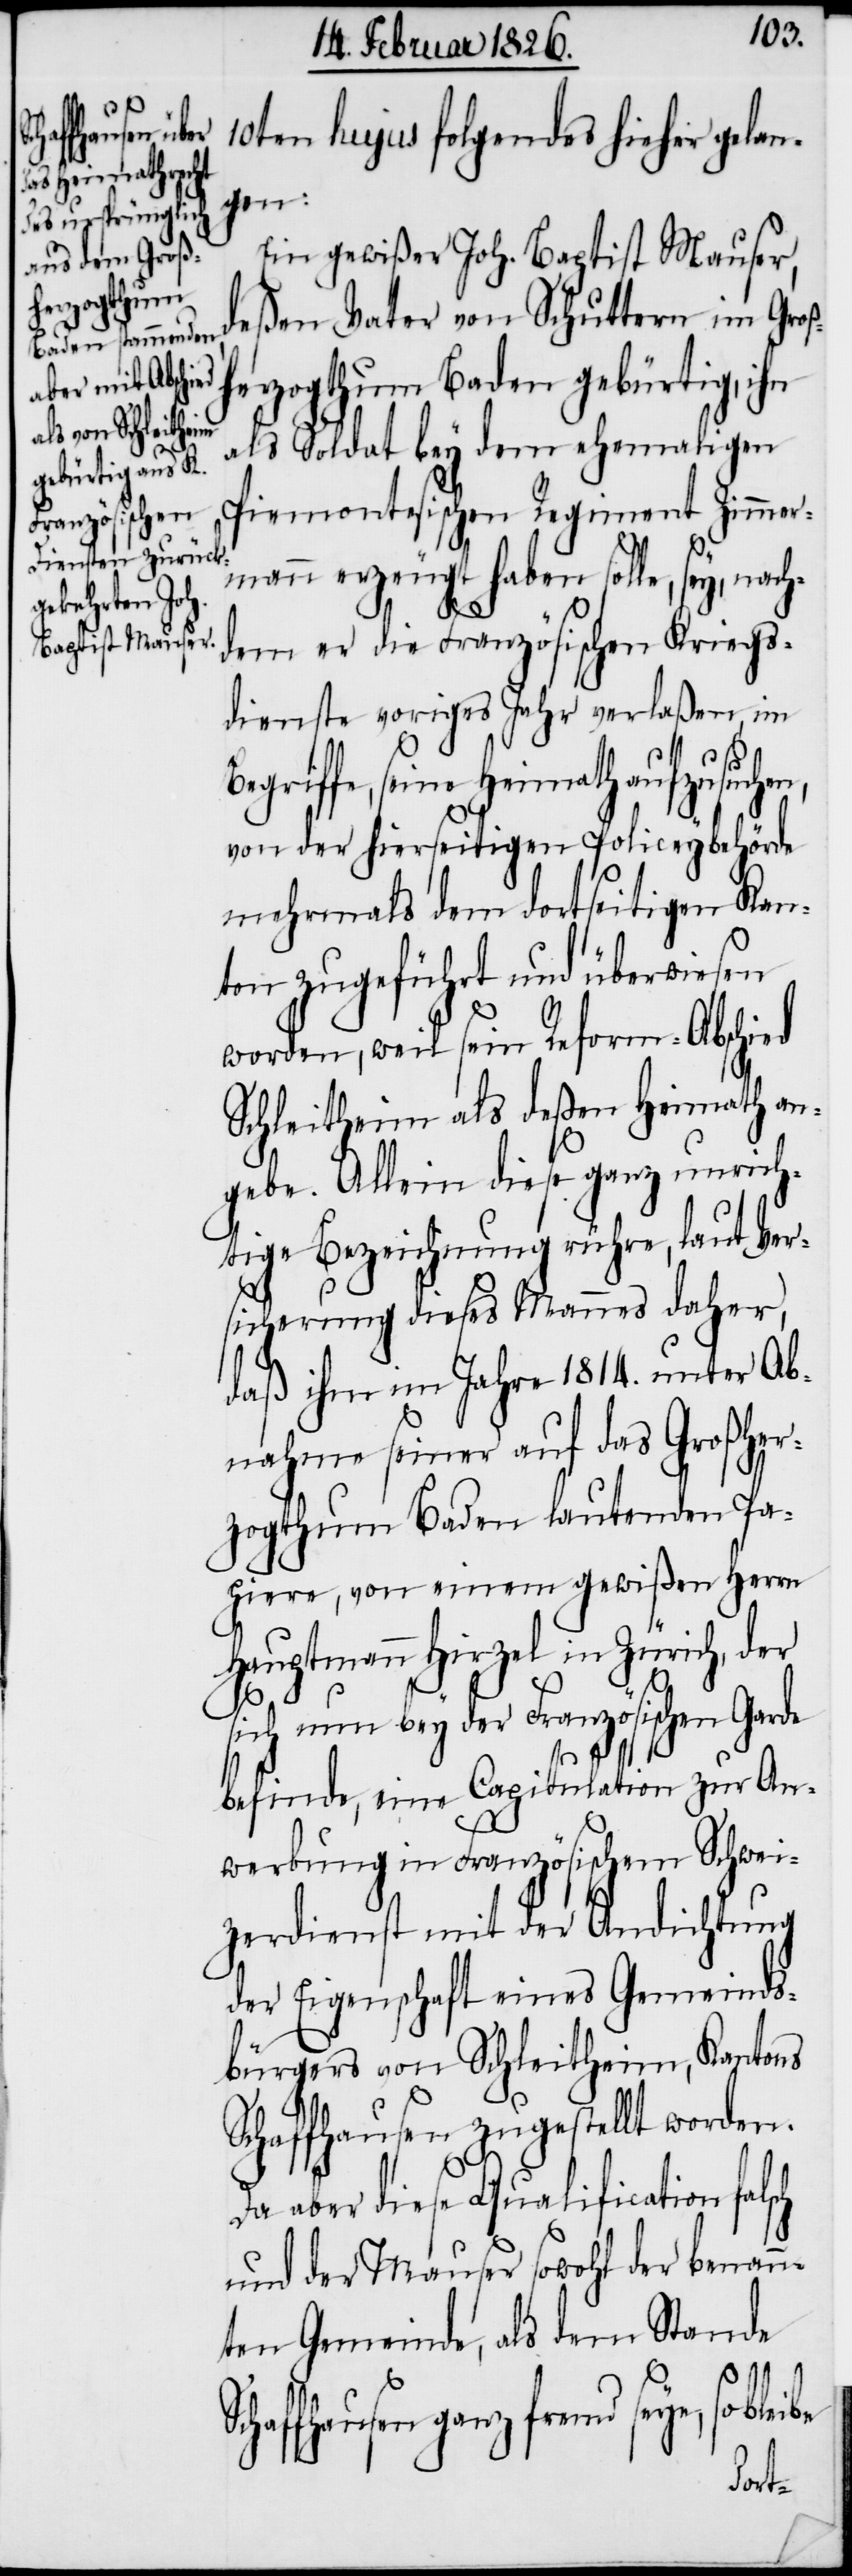
10ten hujus folgendes hieher gelan¬
gen:
Ein gewißer Joh. Baptist Mauser,
deßen Vater von Schuttern im Groß¬
herzogthum Baden gebürtig, ihn
als Soldat bey dem ehemaligen
Piemontesischen Regiment Zimmer¬
mann erzeugt haben solle, sey, nach¬
dem er die Französischen Kriegs¬
dienste voriges Jahr verlaßen, im
Begriffe, seine Heimath aufzusuchen,
von der hierseitigen Policeybehörde
mehrmals dem dortseitigen Kan¬
ton zugeführt und überwiesen
worden, weil sein Reform-Abschied
Schleitheim als deßen Heimath an¬
be
gebe. Allein diese ganz unrich¬
tige Bezeichnung rühre, laut Ver¬
sicherung dieses Mannes daher,
daß ihm im Jahre 1814. unter Ab¬
nahme seiner auf das Großher¬
zogthum Baden lautenden Pa¬
piere, von einem gewißen Herrn
Hauptmann Hirzel in Zürich, der
sich nun bey der Französischen Garde
befinde, eine Capitulation zur An¬
werbung in Französischem Schwei¬
zerdienst mit der Andichtung
der Eigenschaft eines Gemeinds¬
bürgers von Schleitheim, Kantons
Schaffhausen zugestellt worden.
Da aber diese Qualification falsch
und der Mauser sowohl der benann¬
ten Gemeinde, als dem Stande
chaffhausen ganz fremd seye, so blei¬